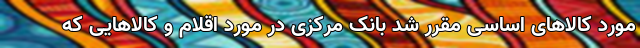
مورد کالاهای اساسی مقرر شد بانک مرکزی در مورد اقلام و کالاهایی که